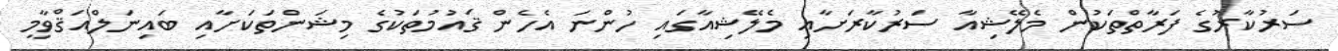
ސަރުކާރުގެ ފަރާތްތަކުން މެލޭޝިއާ ސަރުކާރަށާއި މެލޭޝިއާގައި ހުންނަ އެހެން ޤައުމުތަކުގެ މިޝަންތަކަށާއި ބައިނަލްއަޤްވާމީ